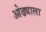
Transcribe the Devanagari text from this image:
ओढ्याला